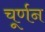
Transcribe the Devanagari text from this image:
चूर्णन